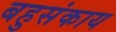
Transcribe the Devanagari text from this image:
बहुसंकाय